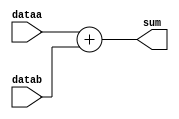
// Christopher Hays
// 16-bit adder
// adder.v

`timescale 1ns/100ps

module adder (dataa, datab, sum);
	input [15:0] dataa;
	input [15:0] datab;
	output [15:0] sum;
	assign sum = (dataa + datab);
endmodule